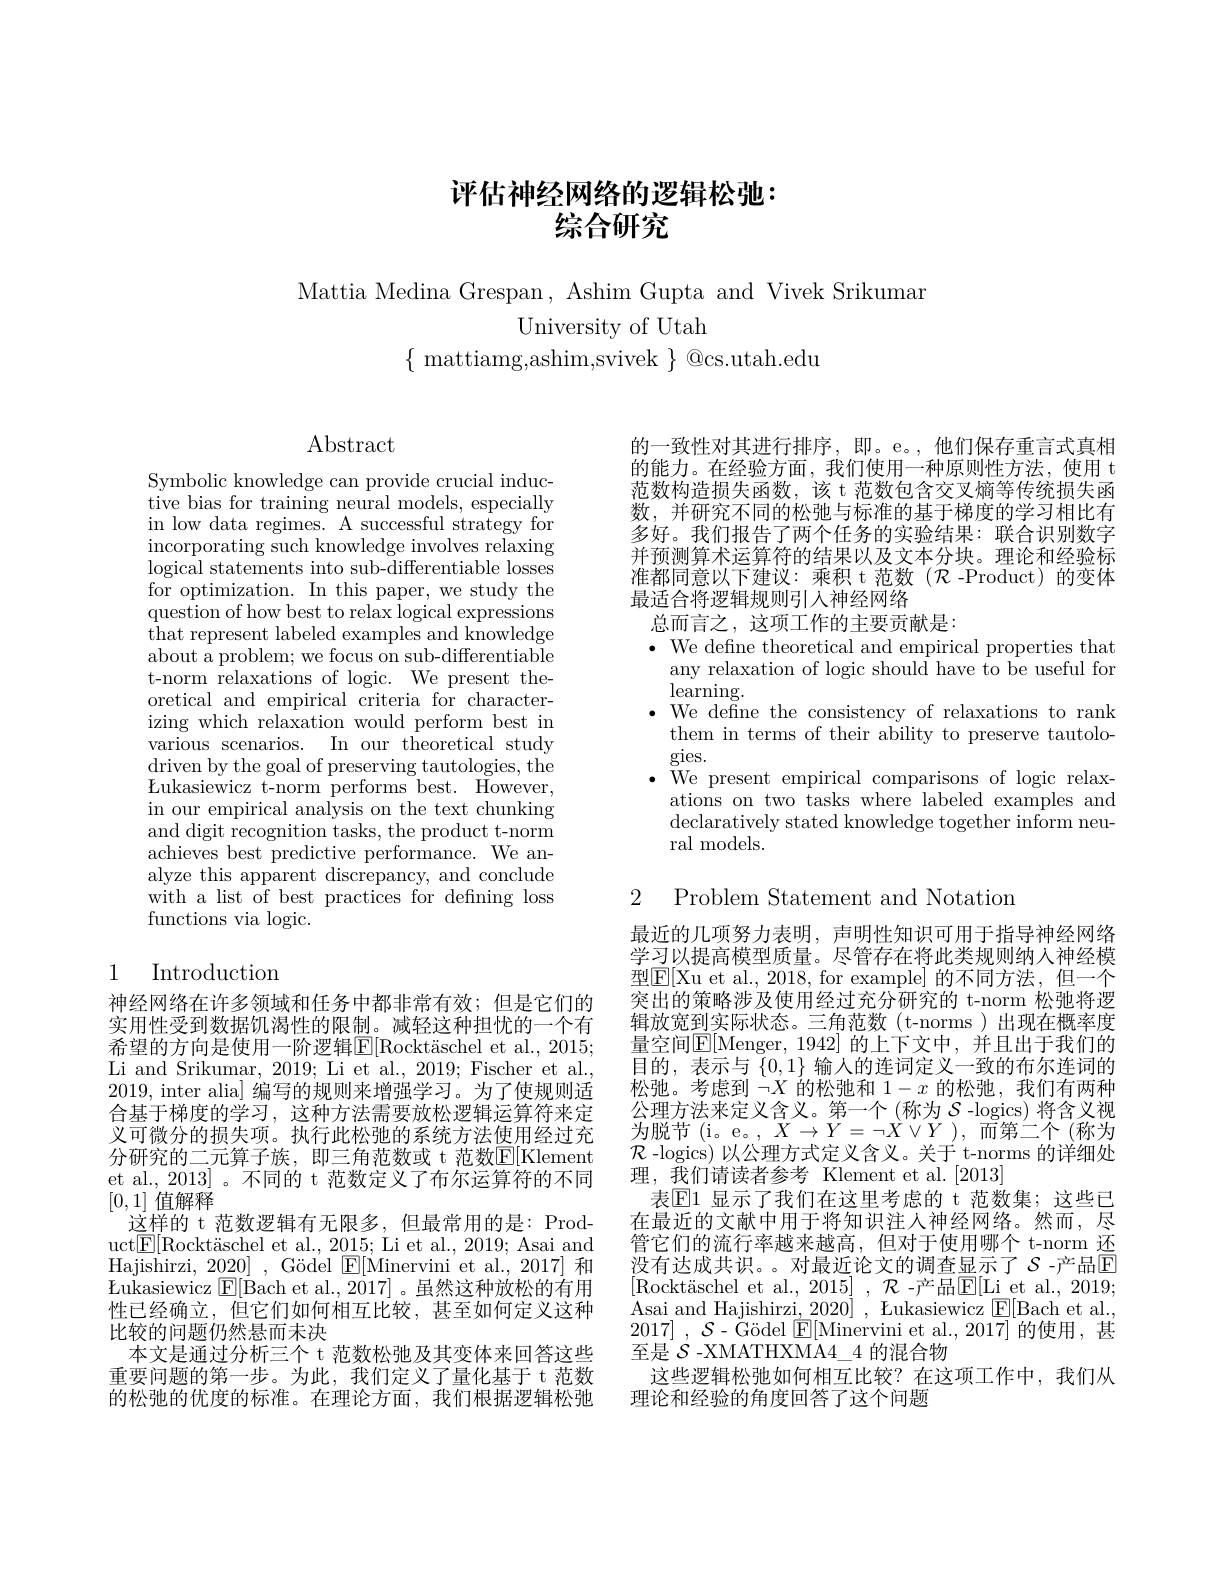
# 评估神经网络的逻辑松驰： 综合研究

Mattia Medina Grespan, Ashim Gupta and Vivek Srikumar
University of Utah
$\{$ mattiamg,ashim,svivek $\}$ @cs.utah.edu

$\operatorname{Abstract}$

Symbolic knowledge can provide crucial inductive bias for training neural models, especially in low data regimes. A successful strategy for incorporating such knowledge involves relaxing logical statements into sub-differentiable losses for optimization. In this paper, we study the ${\mathrm{question~of~how~best~to~relax~logical~expressions}}$ that represent labeled examples and knowledge about a problem; we focus on sub-differentiable t-norm relaxations of logic. We present theoretical and empirical criteria for characterizing which relaxation would perform best in various scenarios. In our theoretical study driven by the goal of preserving tautologies, the Lukasiewicz t- norm performs best. However, in our empirical analysis on the text chunking and digit recognition tasks, the product t-norm achieves best predictive performance. We analyze this apparent discrepancy, and conclude with a list of best practices for defining loss functions via logic.

## 1 Introduction

神经网络在许多领域和任务中都非常有效；但是它们的实用性受到数据饥渴性的限制。减轻这种担忧的一个有希 望 的 方 向 是 使 用 一 阶 逻 辑 $\mathbb{E} [ \text{Rockt\"{a} schel et al. , 2015; }$ Li and Srikumar, 2019; Li et al., 2019; Fischer et al., 2019, inter alia] 编写的规则来增强学习。为了使规则适合基于梯度的学习，这种方法需要放松逻辑运算符来定义可微分的损失项。执行此松弛的系统方法使用经过充分研究的二元算子族，即三角范数或 t 范数$\underline{\mathrm{E}}[$Klement et al., 2013]。不同的 t 范数定义了布尔运算符的不同[0,1]值解释
这样的 t 范数逻辑有无限多，但最常用的是：Product$\boxed{\mathrm{E} }[ \text{Rockt\" {a}scheletal. , 2015; Lietal. , 2019; Asai and}$ Hajishirzi, 2020],G$\" {o}$del $\boxed{\mathrm{E} }[$Minervini et al., 2017]~和$\bar{\text{Lukasiewicz }}[\bar{\mathrm{E}}[\bar{\mathrm{Bach~et~al.,~2017}}]$。虽然这种放松的有用性已经确立，但它们如何相互比较，甚至如何定义这种比较的问题仍然悬而未决
本文是通过分析三个 t 范数松弛及其变体来回答这些重要问题的第一步。为此，我们定义了量化基于 t 范数的松弛的优度的标准。在理论方面，我们根据逻辑松弛

的一致性对其进行排序，即。e。,他们保存重言式真相的能力。在经验方面，我们使用一种原则性方法，使用 t 范数构造损失函数，该 t 范数包含交叉熵等传统损失函数，并研究不同的松弛与标准的基于梯度的学习相比有多好。我们报告了两个任务的实验结果：联合识别数字并预测算术运算符的结果以及文本分块。理论和经验标准都同意以下建议：乘积 t 范数($\mathcal{R}$ -Product)的变体最适合将逻辑规则引入神经网络
总而言之，这项工作的主要贡献是：
$\bullet$ We define theoretical and empirical properties that
any relaxation of logic should have to be useful for
$\operatorname{learning}.$
$\bullet$ We define the consistency of relaxations to rank
them in terms of their ability to preserve tautolo-
gies.
We present empirical comparisons of logic relaxations on two tasks where labeled examples and declaratively stated knowledge together inform neural models.

2 Problem Statement and Notation

最近的几项努力表明，声明性知识可用于指导神经网络学习以提高模型质量。尽管存在将此类规则纳人神经模型$\underline{\mathrm{E}}[$Xu et al., 2018, for example] 的不同方法，但一个突出的策略涉及使用经过充分研究的 t-norm 松弛将逻辑放宽到实际状态。三角范数(t-norms)出现在概率度量空间$\mathbb{E}[$Menger,1942]的上下文中，并且出于我们的目的，表示与$\left\{0,1\right\}$输入的连词定义一致的布尔连词的松弛。考虑到$\neg X$的松弛和$1-x$的松弛，我们有两种公理方法来定义含义。第一个(称为$\mathcal{S}$ -logics) 将含义视为脱节(i。e。,$X\to Y=\neg X\vee Y)$,而第二个(称为$\mathcal{R}$ -logics) 以公理方式定义含义。关于 t-norms 的详细处理，我们请读者参考 Klement et al.[2013]
表$\mathbb{E}1$ 显示了我们在这里考虑的 t 范数集；这些已在最近的文献中用于将知识注人神经网络。然而，尽管它们的流行率越来越高，但对于使用哪个 t-norm 还没有达成共识。。对最近论文的调查显示了$\mathcal{S}$-产品$\bar{\mathbb{E}}$ [Rockt$\" {a}$schel et al. , 2015] , $\mathcal{R}$-产品E[Li et al., 2019; Asai and Hajishirzi, 2020] , Łukasiewicz $\underline{\mathrm{E}}[$Bach et al., 2017] , $\mathcal{S} -$ $\text{\" {G}\" {o}del}$ $\underline {\mathrm{E} }[$Minervini et al.,2017]的使用，甚至是$\mathcal{S}$ -XMATHXMA4\_4 的混合物
这些逻辑松弛如何相互比较？在这项工作中，我们从
理论和经验的角度回答了这个问题